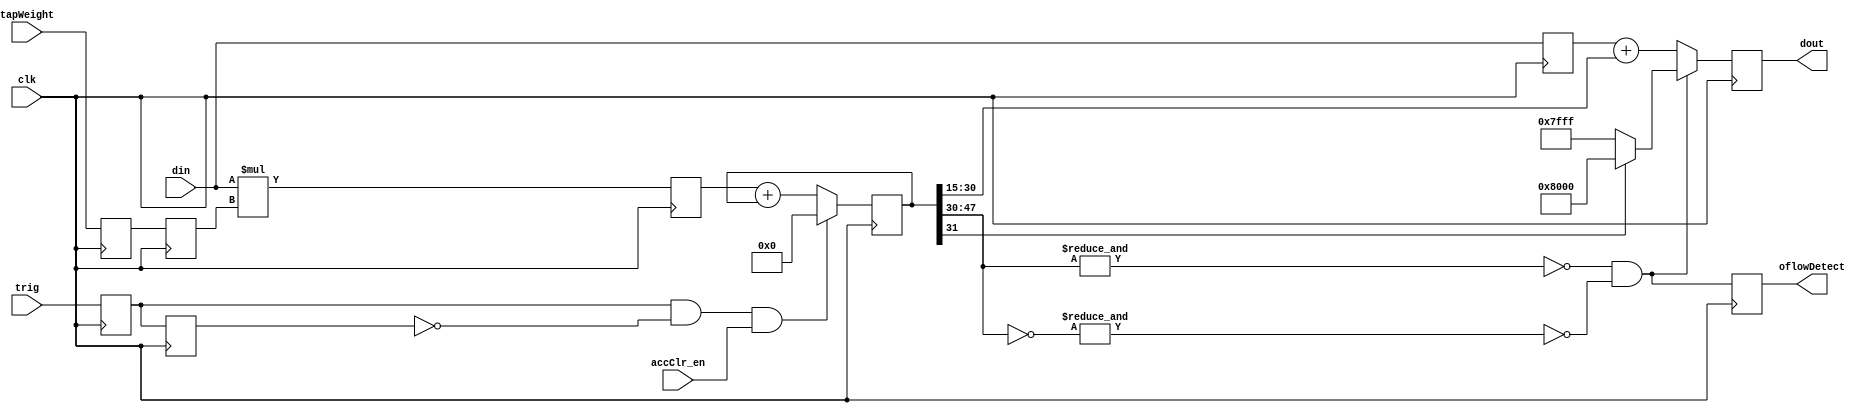
module antiDroopIIR_16 (
	input clk,
	input trig,
	input signed [15:0] din,
	input signed [6:0] tapWeight,
	input accClr_en,
	//input oflowClr,
	(* shreg_extract = "no" *) output reg oflowDetect = 1'd0,
	output reg signed [15:0] dout = 16'sd0);

parameter IIR_scale = 15; // define the scaling factor for the IIR multiplier, eg for 0.002 (din = 63, IIR_scale = 15).

//`define ADDPIPEREG

(* shreg_extract = "no" *) reg signed [15:0] din_del = 16'sd0;
`ifdef ADDPIPEREG (* shreg_extract = "no" *) reg signed [15:0] din_del_b = 16'sd0;
`endif
reg signed [47:0] tap = 48'sd0;
reg signed [22:0] multreg = 23'sd0;

(* equivalent_register_removal = "no" *) reg trig_a = 1'b0, trig_b = 1'b0;
wire trig_edge = trig_a & ~trig_b;
//reg trig_edge = 1'b0;
(* shreg_extract = "no" *) reg signed [6:0] tapWeight_a = 7'sd0, tapWeight_b = 7'sd0;

//wire oflow = (^tap[IIR_scale+16:IIR_scale+15]);
wire oflow = (~&tap[47:IIR_scale+15] && ~&(~tap[47:IIR_scale+15]));


always @(posedge clk) begin
	//trig_edge <= trig_a & ~trig_b;
	tapWeight_a <= tapWeight;
	tapWeight_b <= tapWeight_a;
	trig_a <= trig;
	trig_b <= trig_a;
	din_del <= din;
	`ifdef ADDPIPEREG
		din_del_b <= din_del;
		multreg <= din_del*tapWeight_b;
		//dout <= din_del_b + tap[IIR_scale+15:IIR_scale];
		if (oflow) dout <= (tap[IIR_scale+16]) ? -16'sd32768 : 16'sd32767;
		else dout <= din_del_b + tap[IIR_scale+15:IIR_scale];
	`else
		multreg <= din*tapWeight_b;
		//dout <= din_del + tap[IIR_scale+15:IIR_scale];
		if (oflow) dout <= (tap[IIR_scale+16]) ? -16'sd32768 : 16'sd32767;
		else dout <= din_del + tap[IIR_scale+15:IIR_scale];
	`endif
	if (trig_edge && accClr_en) tap <= 48'sd0;
	else tap <= multreg + tap;
	//tap <= din*tapWeight + tap;
	//if (oflowDetect && oflowClr) oflowDetect <= 1'b0;
	//else if ((~& tap[47:IIR_scale+12]) || (& ~tap[47:IIR_scale+12])) oflowDetect <= 1'b1;
	//else if ((~& tap[47:IIR_scale+12]) || (& tap[47:IIR_scale+12])) oflowDetect <= 1'b1;
	//else if (^ tap[IIR_scale+16:IIR_scale+15]) oflowDetect <= 1'b1;
	//else oflowDetect <= oflowDetect;
	//oflowDetect <= (^tap[IIR_scale+16:IIR_scale+15]) ? 1'b1 : 1'b0;
	oflowDetect <= oflow;
end

endmodule